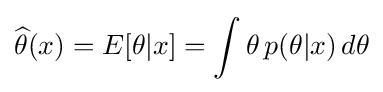
{\widehat {\theta }}(x)=E[\theta |x]=\int \theta \,p(\theta |x)\,d\theta